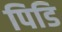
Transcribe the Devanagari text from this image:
पिडि